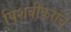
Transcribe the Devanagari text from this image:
पिशवीकरांचे